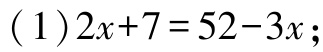
\((1)2x + 7 = 52 - 3x;\)